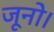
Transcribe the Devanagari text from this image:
जूनो।